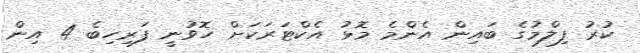
ކުރު ފިލްމުގެ ބައިން އެންމެ މޮޅު އެކްޓަރަކަށް ހޮވުނީ ފަރިހިބެ 4 އިން